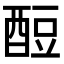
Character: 𫑶